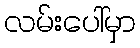
လမ်းပေါ်မှာ